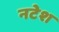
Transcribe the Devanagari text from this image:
नटेश